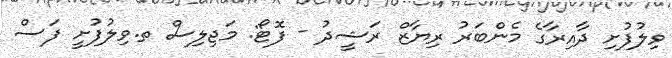
ވިލުފުށި ދާއިރާގެ މެންބަރު ރިޔާޒް ރަޝީދު - ފޮޓޯ: މަޖިލިސް ތ.ވިލުފުށީ ފަސް